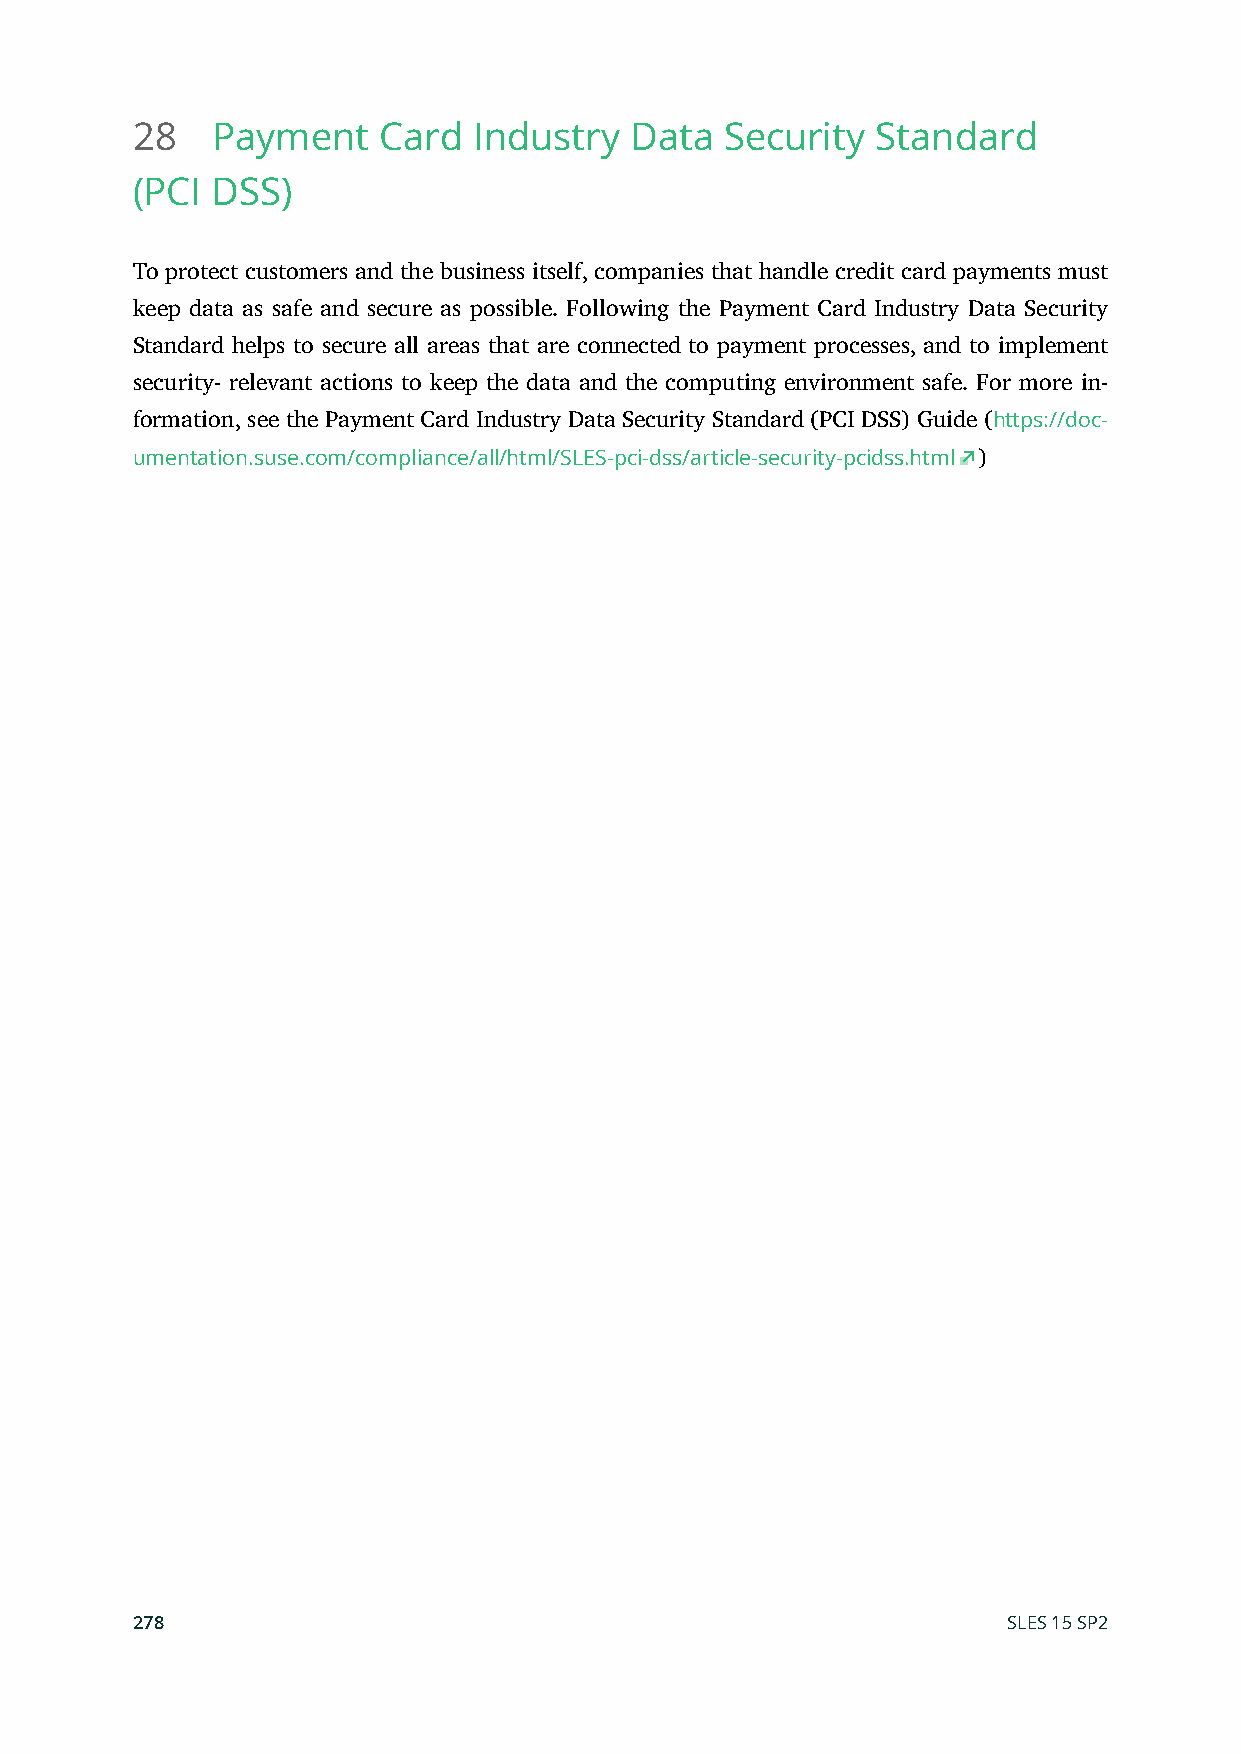
28   Payment    Card  Industry   Data  Security  Standard
 (PCI DSS)
 To protect customers and the business itself, companies that handle credit card payments must
 keep data as safe and secure as possible. Following the Payment Card Industry Data Security
 Standard helps to secure all areas that are connected to payment processes, and to implement
 security- relevant actions to keep the data and the computing environment safe. For more in-
 formation, see the Payment Card Industry Data Security Standard (PCI DSS) Guide (https://doc-
 umentation.suse.com/compliance/all/html/SLES-pci-dss/article-security-pcidss.html )
 278                                                       SLES 15 SP2